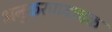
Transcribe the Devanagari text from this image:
अनुकरणवाचक